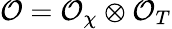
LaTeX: \mathcal{O}=\mathcal{O}_{\chi}\otimes\mathcal{O}_{T}